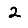
Digit: 2